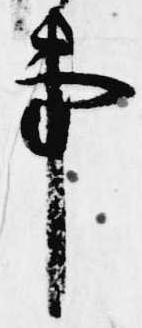
事